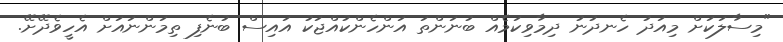
"މިސާލަކަށް މިއަދު ހެނދުނު ދިމާވިކަމެއް ބުނަންތަ އަންހެންކުއްޖަކު އައިސް ބުނެފި ތިމަންނައަށް އެހީވެދޭށޭ.